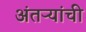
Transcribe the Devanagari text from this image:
अंतऱ्यांची